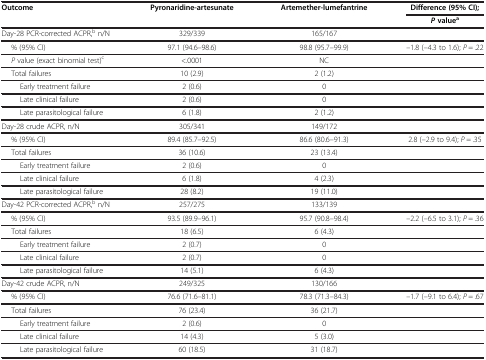
<table><thead><tr><td><b>Outcome</b></td><td><b>Pyronaridine-artesunate</b></td><td><b>Artemether-lumefantrine</b></td><td><b>Difference (95% CI);</b></td></tr><tr><td><b> </b></td><td><b> </b></td><td><b> </b></td><td><b><i>P </i>value<sup>a</sup></b></td></tr></thead><tbody><tr><td>Day-28 PCR-corrected ACPR,<sup>b</sup> n/N</td><td>329/339</td><td>165/167</td><td> </td></tr><tr><td>% (95% CI)</td><td>97.1 (94.6–98.6)</td><td>98.8 (95.7–99.9)</td><td>–1.8 (–4.3 to 1.6); <i>P</i> = .22</td></tr><tr><td><i>P</i> value (exact binomial test)<sup>c</sup></td><td>&lt;.0001</td><td>NC</td><td> </td></tr><tr><td>Total failures</td><td>10 (2.9)</td><td>2 (1.2)</td><td> </td></tr><tr><td>Early treatment failure</td><td>2 (0.6)</td><td>0</td><td> </td></tr><tr><td>Late clinical failure</td><td>2 (0.6)</td><td>0</td><td> </td></tr><tr><td>Late parasitological failure</td><td>6 (1.8)</td><td>2 (1.2)</td><td> </td></tr><tr><td>Day-28 crude ACPR, n/N</td><td>305/341</td><td>149/172</td><td> </td></tr><tr><td>% (95% CI)</td><td>89.4 (85.7–92.5)</td><td>86.6 (80.6–91.3)</td><td>2.8 (–2.9 to 9.4); <i>P</i> = .35</td></tr><tr><td>Total failures</td><td>36 (10.6)</td><td>23 (13.4)</td><td> </td></tr><tr><td>Early treatment failure</td><td>2 (0.6)</td><td>0</td><td> </td></tr><tr><td>Late clinical failure</td><td>6 (1.8)</td><td>4 (2.3)</td><td> </td></tr><tr><td>Late parasitological failure</td><td>28 (8.2)</td><td>19 (11.0)</td><td> </td></tr><tr><td>Day-42 PCR-corrected ACPR,<sup>b</sup> n/N</td><td>257/275</td><td>133/139</td><td> </td></tr><tr><td>% (95% CI)</td><td>93.5 (89.9–96.1)</td><td>95.7 (90.8–98.4)</td><td>–2.2 (–6.5 to 3.1); <i>P</i> = .36</td></tr><tr><td>Total failures</td><td>18 (6.5)</td><td>6 (4.3)</td><td> </td></tr><tr><td>Early treatment failure</td><td>2 (0.7)</td><td>0</td><td> </td></tr><tr><td>Late clinical failure</td><td>2 (0.7)</td><td>0</td><td> </td></tr><tr><td>Late parasitological failure</td><td>14 (5.1)</td><td>6 (4.3)</td><td> </td></tr><tr><td>Day-42 crude ACPR, n/N</td><td>249/325</td><td>130/166</td><td> </td></tr><tr><td>% (95% CI)</td><td>76.6 (71.6–81.1)</td><td>78.3 (71.3–84.3)</td><td>–1.7 (–9.1 to 6.4); <i>P</i> = .67</td></tr><tr><td>Total failures</td><td>76 (23.4)</td><td>36 (21.7)</td><td> </td></tr><tr><td>Early treatment failure</td><td>2 (0.6)</td><td>0</td><td> </td></tr><tr><td>Late clinical failure</td><td>14 (4.3)</td><td>5 (3.0)</td><td> </td></tr><tr><td>Late parasitological failure</td><td>60 (18.5)</td><td>31 (18.7)</td><td> </td></tr></tbody></table>